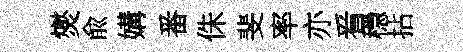
爕兪媾番侏斐率亦㸔穩拈